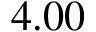
4 . 0 0